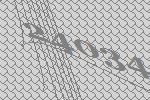
24034